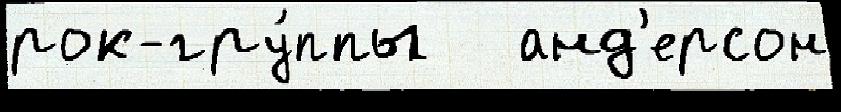
рок-гру́ппы   анд'ерсон